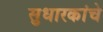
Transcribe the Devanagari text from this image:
सुधारकांचे